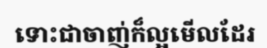
ទោះជាចាញ់ក៏ល្អមើលដែរ